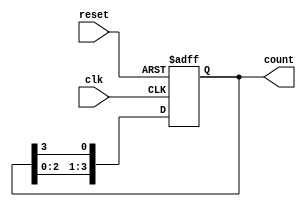
module ring_counter (
    input clk,        // Clock signal
    input reset,      // Asynchronous reset signal
    output reg [3:0] count // 4-bit output to represent the current state
);

// Initial state of the counter
initial begin
    count = 4'b1000; // Start with '1000'
end

// Always block for synchronous operation on clock edge
always @(posedge clk or posedge reset) begin
    if (reset) begin
        count <= 4'b1000; // Reset state to '1000'
    end else begin
        count <= {count[2:0], count[3]}; // Rotate the bits left
    end
end

endmodule